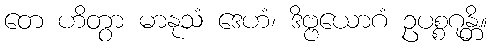
တေ ဟိတွာ မာနုသံ ဒေဟံ၊ ဒိဗ္ဗယောဂံ ဥပစ္စဂုန္တိ။